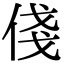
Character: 俴